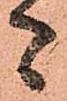
者